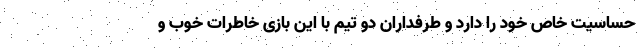
حساسیت خاص خود را دارد و طرفداران دو تیم با این بازی خاطرات خوب و